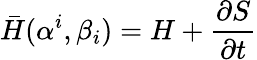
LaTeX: \bar{H}(\alpha^{i},\beta_{i})=H+\frac{\partial S}{\partial t}